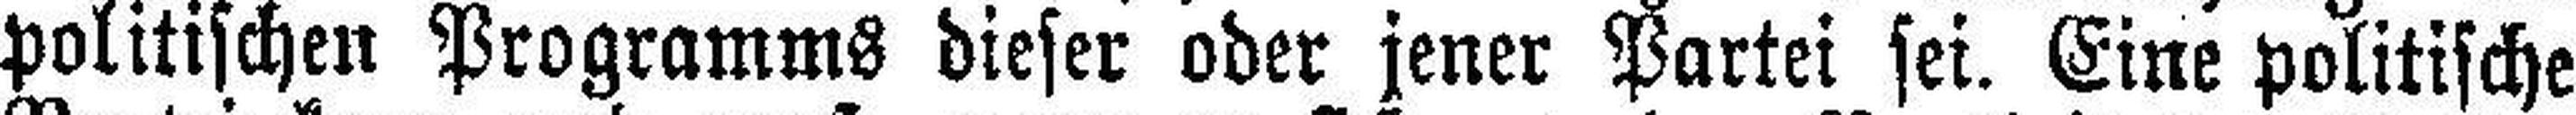
politischen Programms dieser oder jener Partei sei. Eine politische